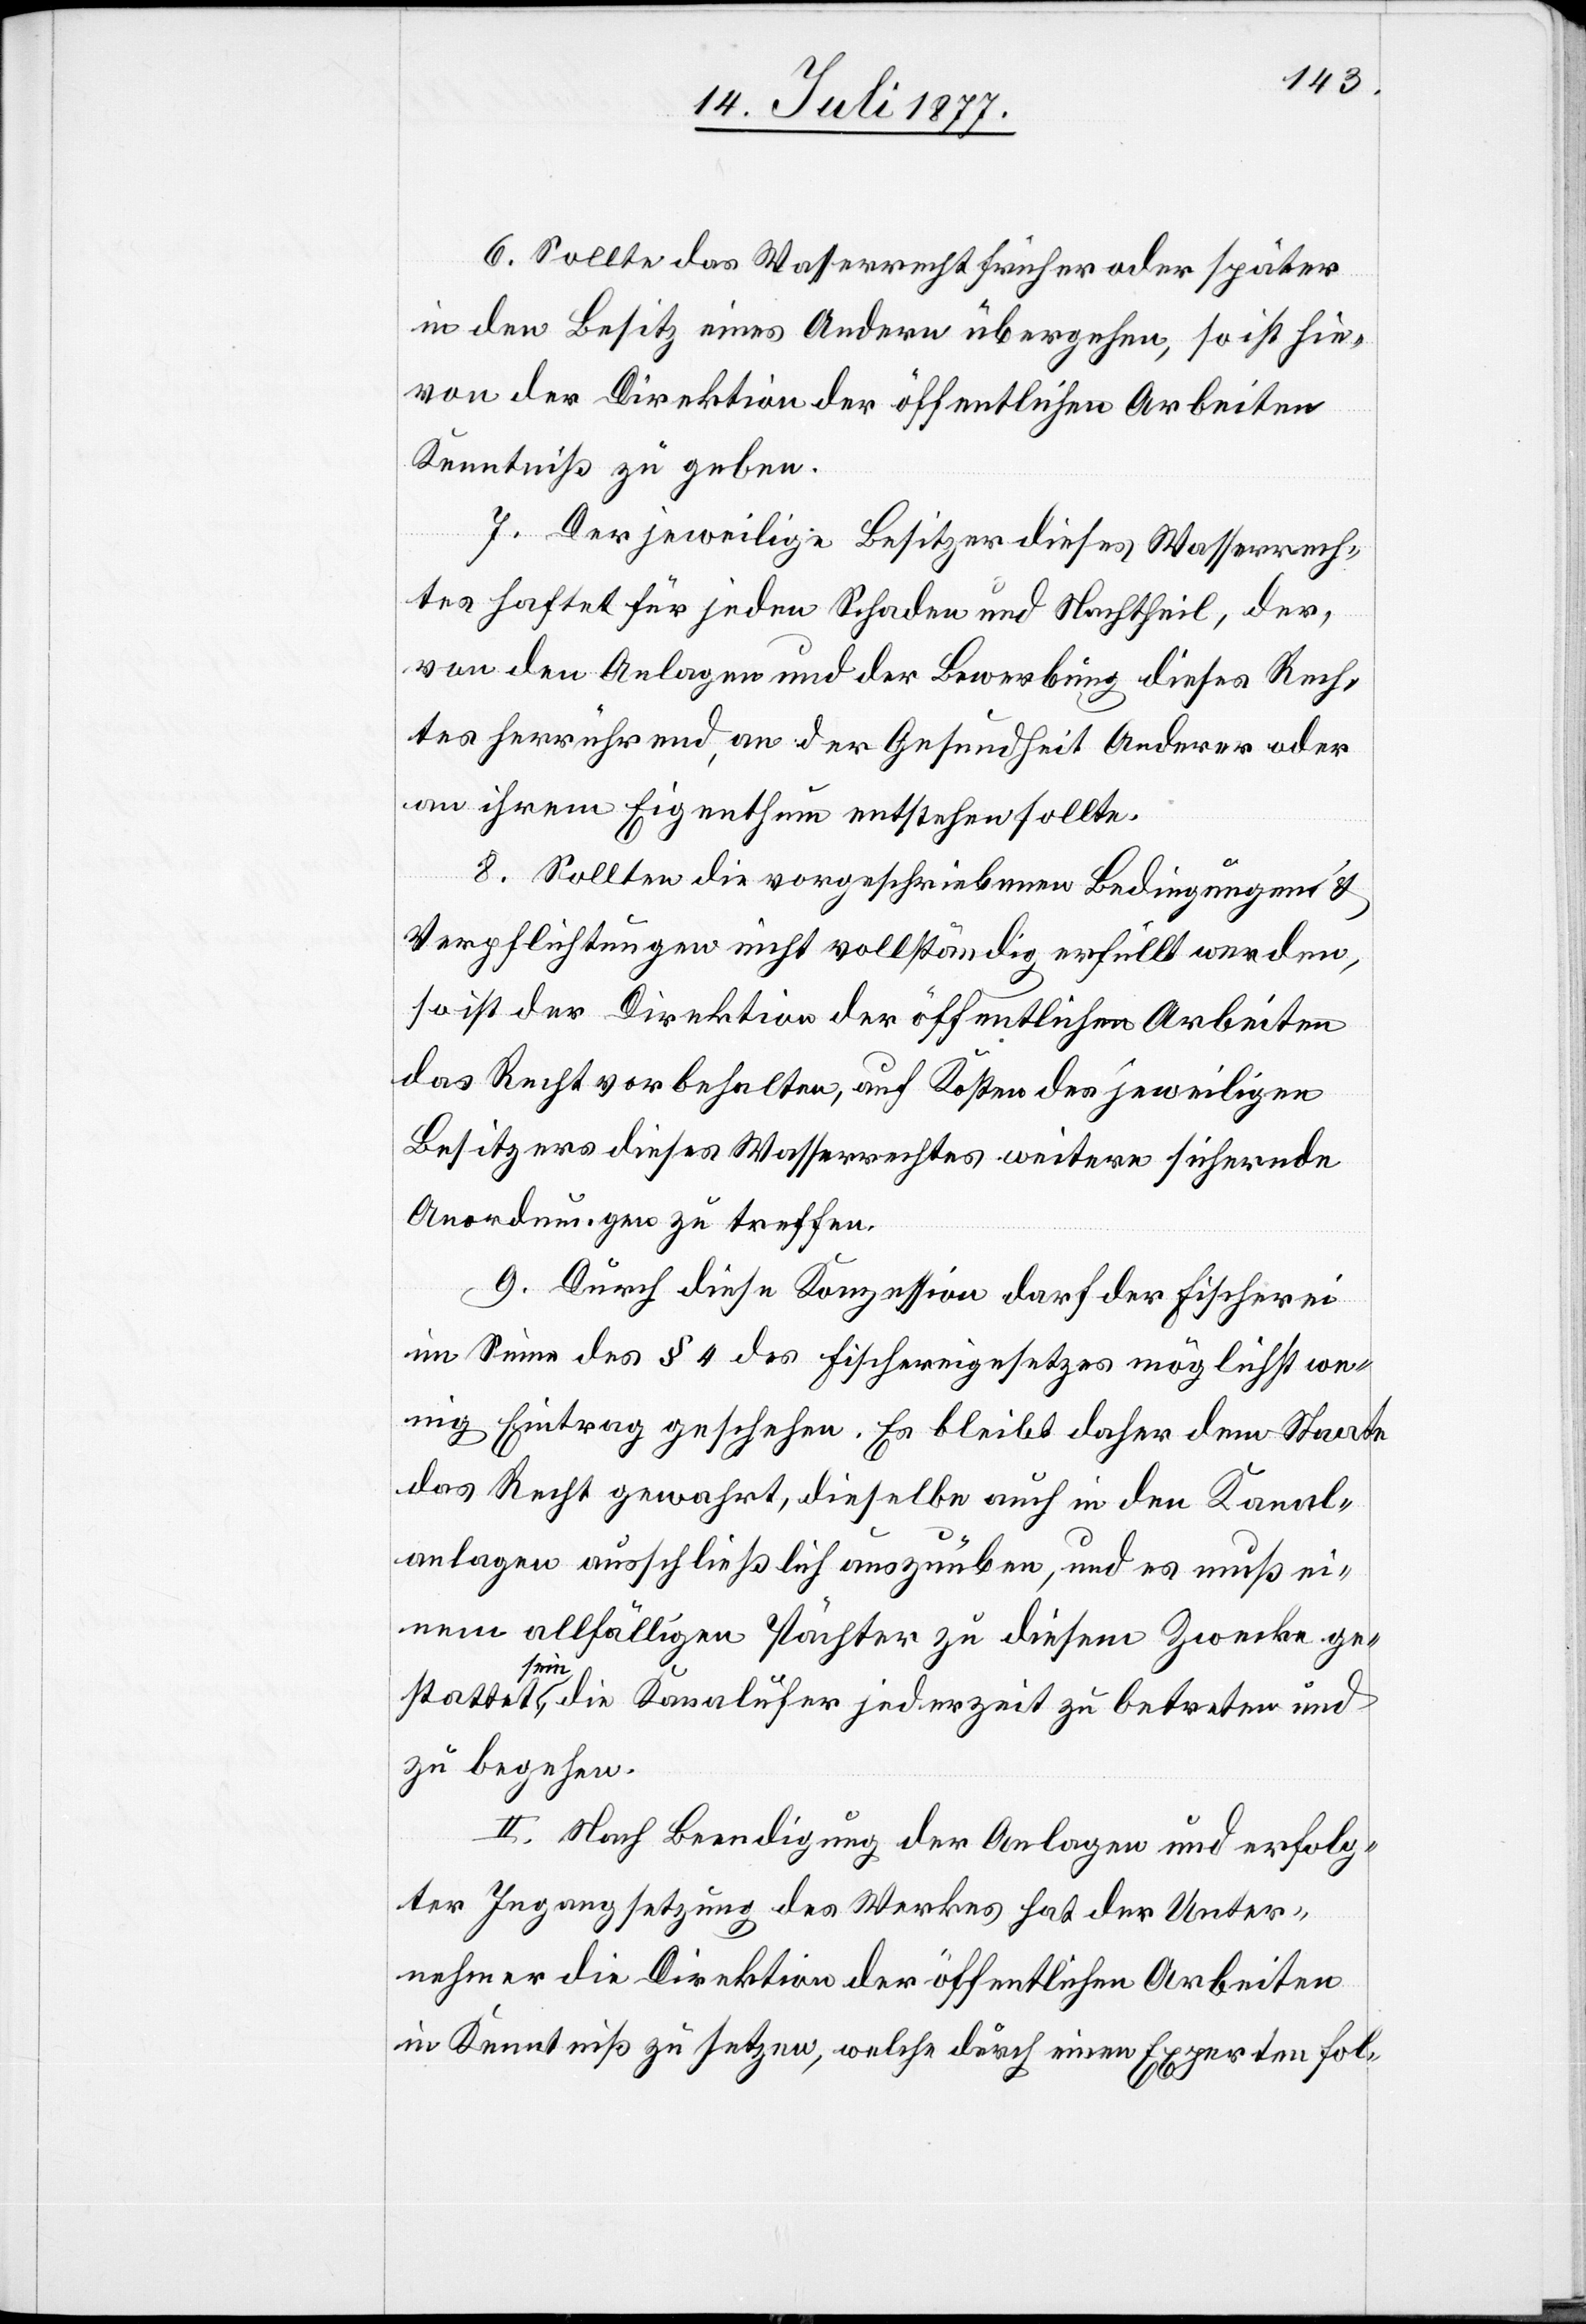
6. Sollte das Wasserrecht früher oder später
in den Besitz eines Andern übergehen, so ist hie¬
von der Direktion der öffentlichen Arbeiten
Kenntniß zu geben.
7. Der jeweilige Besitzer dieses Wasserrech¬
tes haftet für jeden Schaden und Nachtheil, der,
von den Anlagen und der Bewerbung dieses Rech¬
tes herrührend, an der Gesundheit Anderer oder
an ihrem Eigenthum entstehen sollte.
8. Sollten die vorgeschriebenen Bedingungen &
Verpflichtungen nicht vollständig erfüllt werden,
so ist der Direktion der öffentlichen Arbeiten
das Recht vorbehalten, auf Kosten des jeweiligen
Besitzers dieses Wasserrechtes weitere sichernde
Anordnungen zu treffen.
9. Durch diese Konzession darf der Fischerei
im Sinne des § 4 des Fischereigesetzes möglichst we¬
nig Eintrag geschehen. Es bleibt daher dem Staate
das Recht gewahrt, dieselbe auch in den Kanal¬
anlagen ausschließlich auszuüben, und es muß ei¬
nem allfälligen Pächter zu diesem Zwecke ge¬
stattet sein, die Kanalufer jederzeit zu betreten und
zu begehen.
II. Nach Beendigung der Anlagen und erfolg¬
ter Ingangsetzung des Werkes hat der Unter¬
nehmer die Direktion der öffentlichen Arbeiten
in Kenntniß zu setzen, welche durch einen Experten fol-